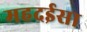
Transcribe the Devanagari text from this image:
महदईसा